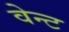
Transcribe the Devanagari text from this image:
वेन्ट